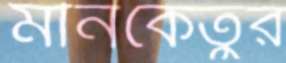
মীনকেতুর